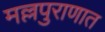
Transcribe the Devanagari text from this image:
मल्लपुराणात